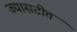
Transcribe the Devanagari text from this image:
ज्यासटीत